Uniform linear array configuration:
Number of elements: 12
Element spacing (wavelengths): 1
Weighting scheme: hann
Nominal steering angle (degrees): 45
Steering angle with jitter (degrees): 44.05
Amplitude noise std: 0.05
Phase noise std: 0.05

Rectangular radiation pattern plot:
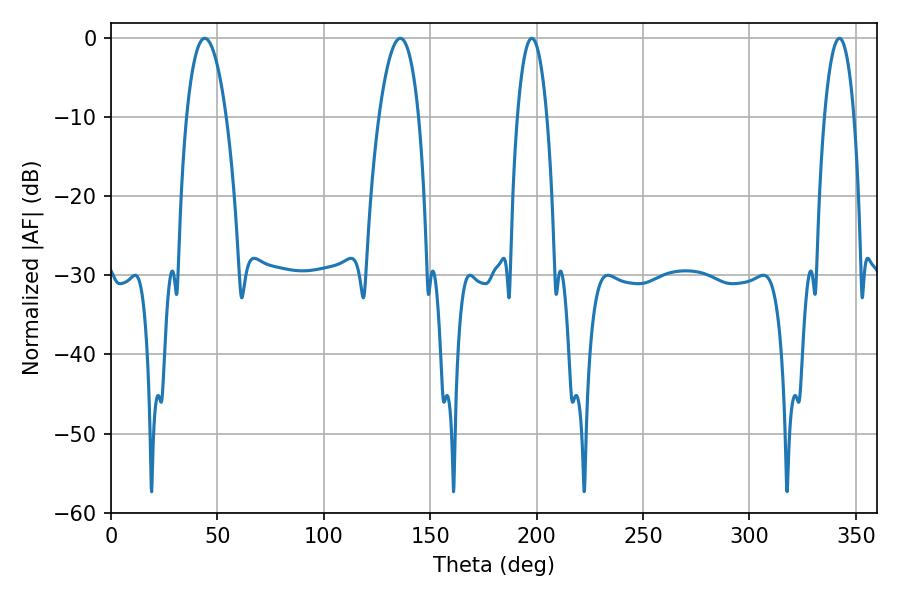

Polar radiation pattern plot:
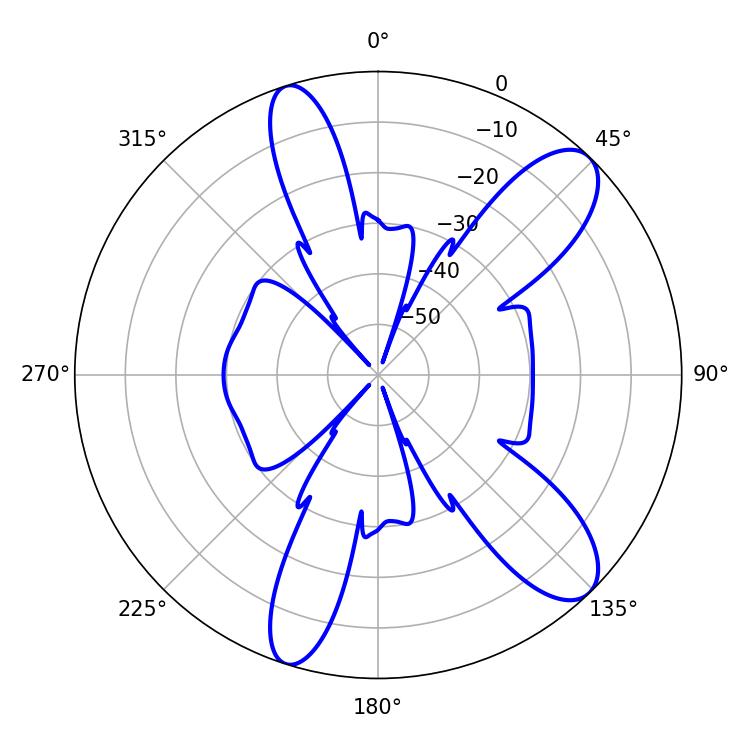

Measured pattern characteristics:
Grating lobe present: TRUE
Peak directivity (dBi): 10.412
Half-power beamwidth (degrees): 10.44
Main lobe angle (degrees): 44.1